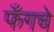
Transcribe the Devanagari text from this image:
फँगचे